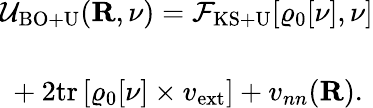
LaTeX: \begin{array}{l}{{\displaystyle{\cal U}_{\mathrm{BO+U}}({\mathbf R},\nu)={\cal F}_{\mathrm{KS+U}}[\varrho_{\mathrm{0}}[\nu],\nu]}}\\ {~~}\\ {{\displaystyle~+2\mathrm{tr}\left[\varrho_{\mathrm{0}}[\nu]\times v_{\mathrm{ext}}\right]+v_{nn}({\mathbf R}).}}\end{array}